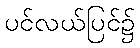
ပင်လယ်ပြင်၌